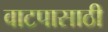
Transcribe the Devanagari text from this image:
वाटपासाठी